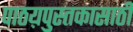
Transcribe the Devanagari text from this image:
पाठय़पुस्तकासाठी